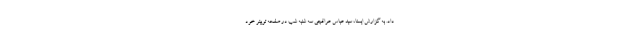
داد. به گزارش ایسنا، سید عباس عراقچی سه شنبه شب در صفحه توییتر خود